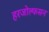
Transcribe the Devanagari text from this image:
हरजोल्फसन